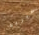
اخبريه